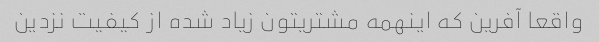
واقعا آفرین که اینهمه مشتریتون زیاد شده از کیفیت نزدین